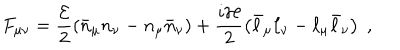
F _ { \mu \nu } = \frac { { \cal E } } { 2 } \left( \bar { n } _ { \mu } n _ { \nu } - n _ { \mu } \bar { n } _ { \nu } \right) + \frac { i { \cal H } } { 2 } \left( \bar { \ell } _ { \mu } \ell _ { \nu } - \ell _ { \mu } \bar { \ell } _ { \nu } \right) \; ,